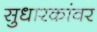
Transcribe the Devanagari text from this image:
सुधारकांवर